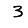
Digit: 3